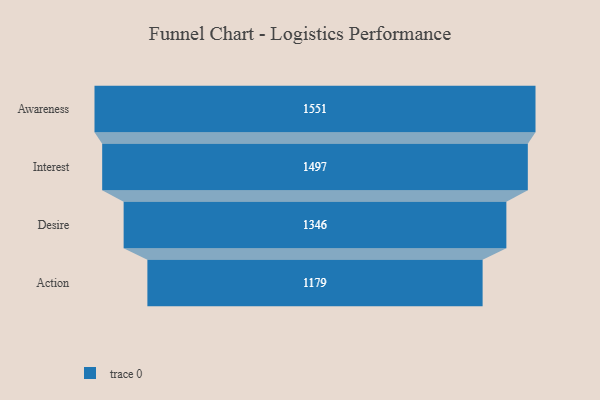
{"axis": {"x": "Stage", "y": "Value"}, "legend": [""], "data": [{"x": "Awareness", "y": 1551.0, "type": ""}, {"x": "Interest", "y": 1497.0, "type": ""}, {"x": "Desire", "y": 1346.0, "type": ""}, {"x": "Action", "y": 1179.0, "type": ""}]}